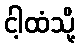
ငါ့ထံသို့